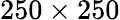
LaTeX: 250\times 250